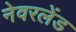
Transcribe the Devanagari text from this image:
नेवरलेंड